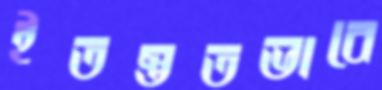
ইতস্ততভাবে